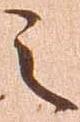
之